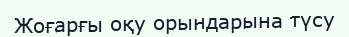
Жоғарғы оқу орындарына түсу